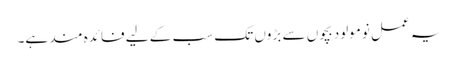
یہ عمل نومولود بچوں سے بڑوں تک سب کے لیے فائدہ مند ہے۔